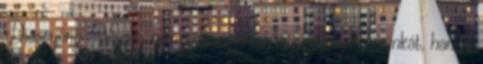
Diósgyőrig. Vagyis nem szakaszokban végzik majd a munkát, hanem